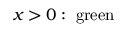
x > 0 : \; { \mathrm { g r e e n } }